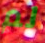
لم